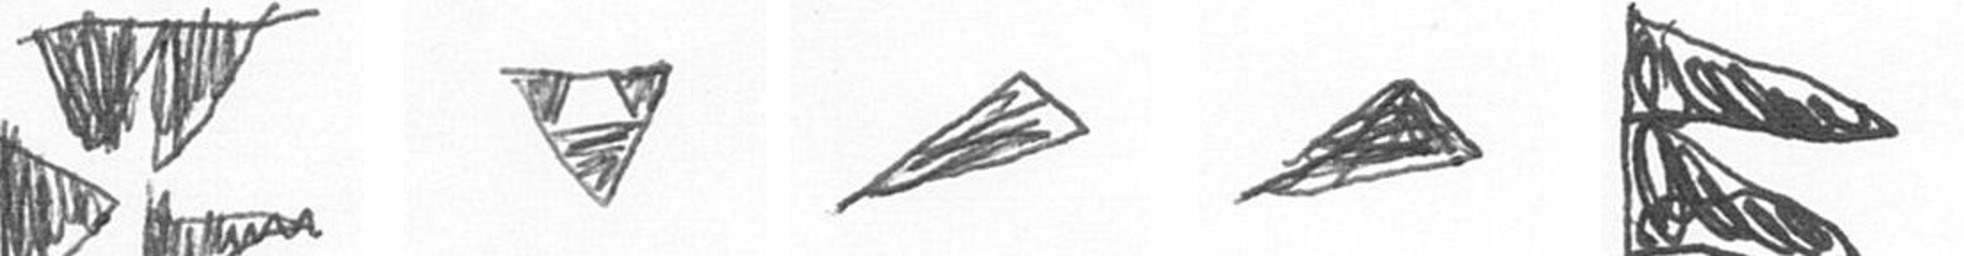
B S O O P